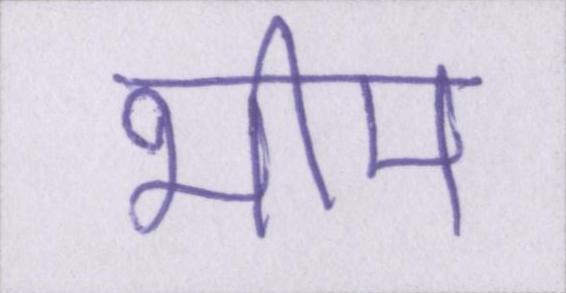
भीम